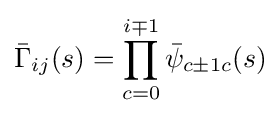
{\bar {\Gamma }}_{ij}(s)=\prod _{c=0}^{i\mp 1}{\bar {\psi }}_{c\pm 1c}(s)